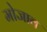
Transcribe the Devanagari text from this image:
मोजाव